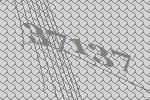
37137